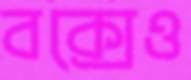
বক্সেও